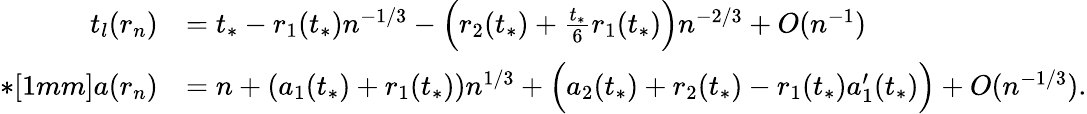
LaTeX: \begin{array}{rl}{t_{l}(r_{n})}&{=t_{*}-r_{1}(t_{*})n^{-1/3}-\Big(r_{2}(t_{*})+\frac{t_{*}}{6}r_{1}(t_{*})\Big)n^{-2/3}+O(n^{-1})}\\ {*[1mm]a(r_{n})}&{=n+(a_{1}(t_{*})+r_{1}(t_{*}))n^{1/3}+\Big(a_{2}(t_{*})+r_{2}(t_{*})-r_{1}(t_{*})a_{1}^{\prime}(t_{*})\Big)+O(n^{-1/3}).}\end{array}